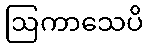
ဩကာသေပိ